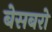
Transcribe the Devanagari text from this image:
बेसबरो